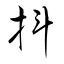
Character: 抖